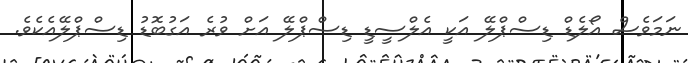
ނަމަވެސް އޯލެޑް ޑިސްޕްލޭ އަކީ އެލްސީޑީ ޑިސްޕްލޭ އަށް ވުރެ އަގުބޮޑު ޑިސްޕްލޭއެކެވެ.